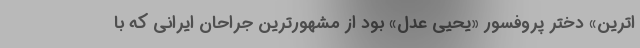
اترین» دختر پروفسور «یحیی عدل» بود از مشهورترین جراحان ایرانی که با